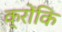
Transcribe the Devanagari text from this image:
क्रोंकि